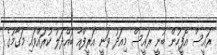
ރައީސް އޮފީހުން ބުނީ ރައީސް މިއަދު ވަނީ އަރީފްއާ ބައްދަލު ކުރައްވައި މަގާމުގެ